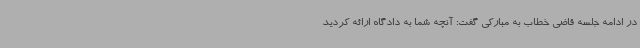
در ادامه جلسه قاضی خطاب به مبارکی گفت: آنچه شما به دادگاه ارائه کردید